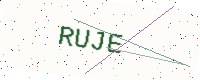
Text: RUJE